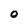
Character: O